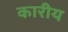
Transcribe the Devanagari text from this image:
कारीय